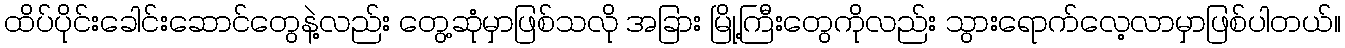
ထိပ်ပိုင်းခေါင်းဆောင်တွေနဲ့လည်း တွေ့ဆုံမှာဖြစ်သလို အခြား မြို့ကြီးတွေကိုလည်း သွားရောက်လေ့လာမှာဖြစ်ပါတယ်။